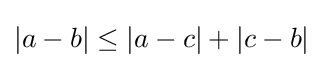
|a-b|\leq |a-c|+|c-b|